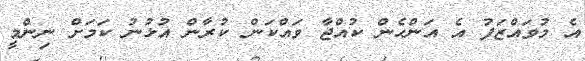
އެ މުވައްޒަފު އެ އަންހެން ކުއްޖާ ވައްކަން ކުރާން އުޅުނު ކަމަށް ނިންމީ